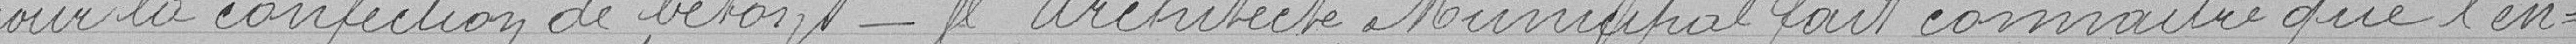
pour la confection de béton - l'Architecte Municipal fait connaître que l'en-